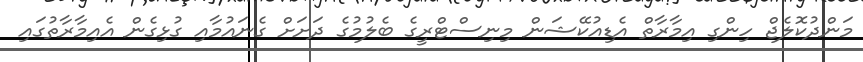
މަންދުކޮލެޖް ހިންގި އިމާރާތް އެޑިއުކޭޝަން މިނިސްޓްރީގެ ބެލުމުގެ ދަށަށް ގެނައުމާއި ގުޅިގެން އެއިމާރާތުގައި